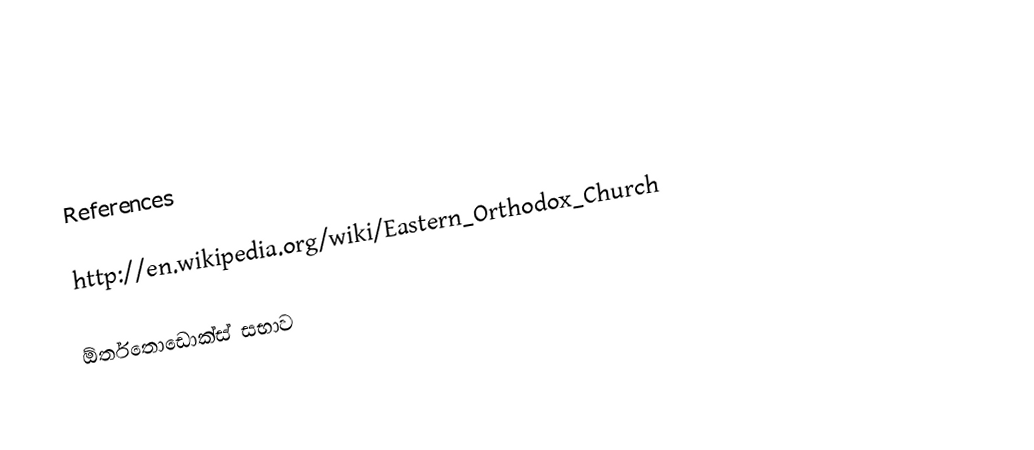

References

http://en.wikipedia.org/wiki/Eastern_Orthodox_Church

ඕර්තතොඩොක්ස් සභාව